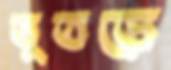
ভূতড়ে